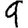
Digit: 9